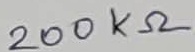
Text: 200KΩ